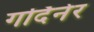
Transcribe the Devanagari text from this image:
गर्दिनेर